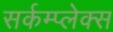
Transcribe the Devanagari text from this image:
सर्कम्प्लेक्स